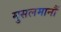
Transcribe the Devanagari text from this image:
मुसलमानौं